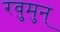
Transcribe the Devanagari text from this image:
रवुुमुन्